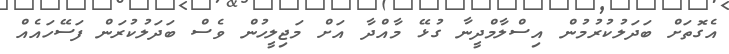
އެގޮތަށް ބަދަލުކުރުމުން އިސްލާމްދީނާ ގުޅޭ މާއްދާ އަށް މަޖިލީހުން ވެސް ބަދަލުކުރަން ފަސޭހައެއް